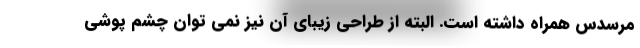
مرسدس همراه داشته است. البته از طراحی زیبای آن نیز نمی توان چشم پوشی